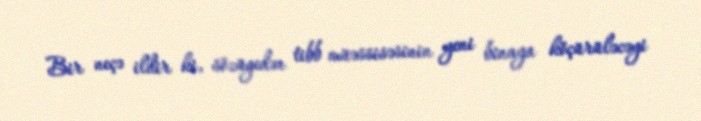
Bir neçə ildir ki, sözügedən tibb müəssisəsinin yeni binaya köçürüləcəyi